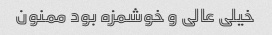
خیلی عالی و خوشمزه بود ممنون